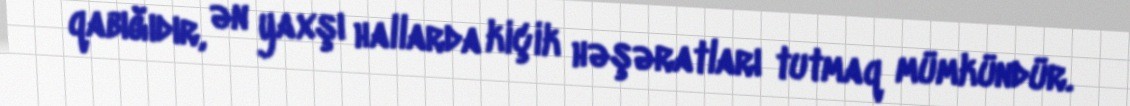
qabığıdır, ən yaxşı hallarda kiçik həşəratları tutmaq mümkündür.